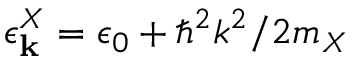
\epsilon _ { \mathbf { k } } ^ { X } = \epsilon _ { 0 } + \hbar ^ { 2 } k ^ { 2 } / 2 m _ { X }